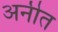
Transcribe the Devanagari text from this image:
अनीत